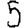
Digit: 5